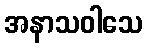
အနာသဝါသေ